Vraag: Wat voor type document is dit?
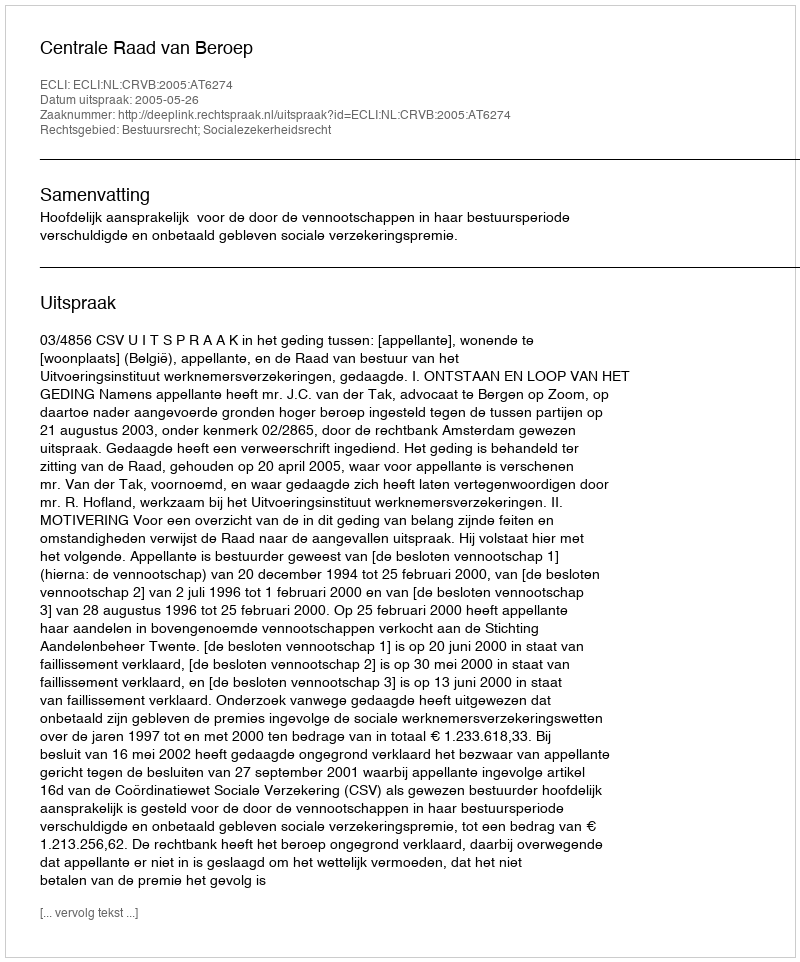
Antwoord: Uitspraak